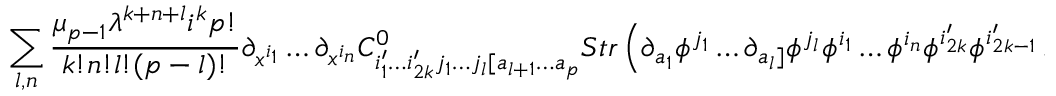
\sum _ { l , n } \frac { \mu _ { p - 1 } \lambda ^ { k + n + l } i ^ { k } p ! } { k ! n ! l ! ( p - l ) ! } \partial _ { x ^ { i _ { 1 } } } \ldots \partial _ { x ^ { i _ { n } } } C _ { i _ { 1 } ^ { \prime } \ldots i _ { 2 k } ^ { \prime } j _ { 1 } \ldots j _ { l } [ a _ { l + 1 } \ldots a _ { p } } ^ { 0 } S t r \left( \partial _ { a _ { 1 } } \phi ^ { j _ { 1 } } \ldots \partial _ { a _ { l } ] } \phi ^ { j _ { l } } \phi ^ { i _ { 1 } } \ldots \phi ^ { i _ { n } } \phi ^ { i _ { 2 k } ^ { \prime } } \phi ^ { i _ { 2 k - 1 } ^ { \prime } } \ldots \right)